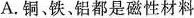
A.铜、铁、铝都是磁性材料